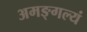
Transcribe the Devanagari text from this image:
अमङ्गल्यं